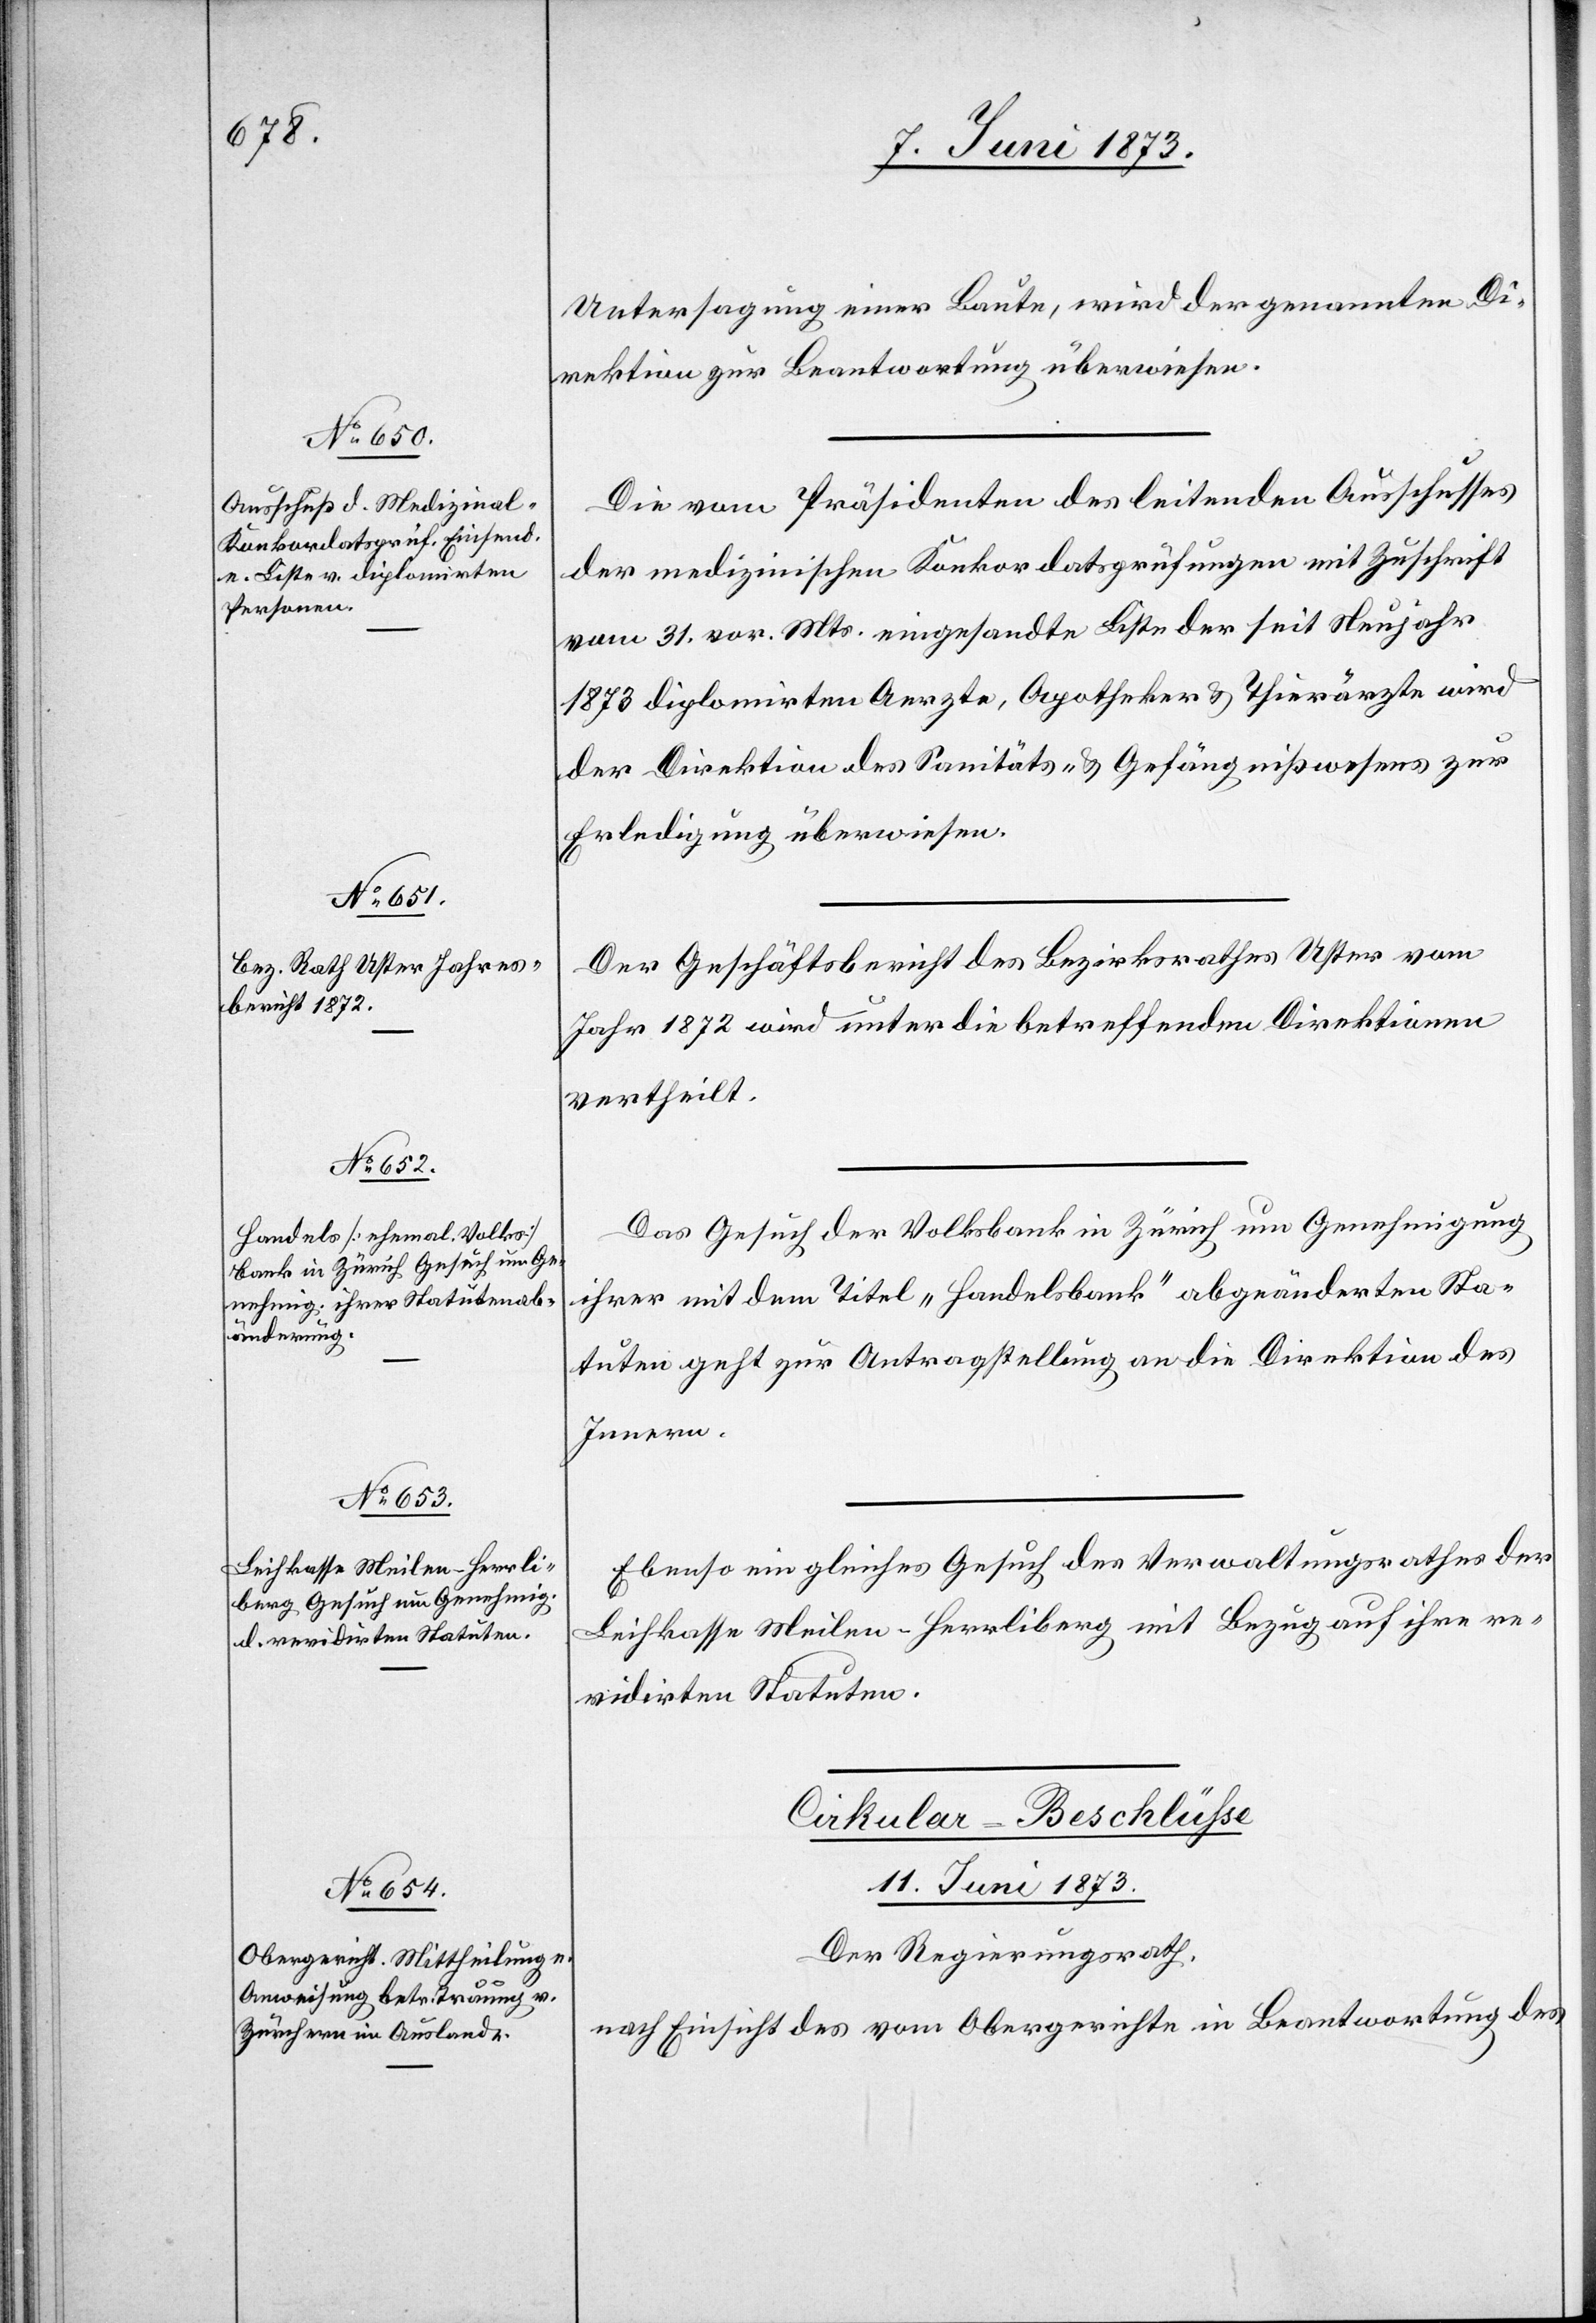
Untersagung einer Baute, wird der genannten Di¬
rektion zur Beantwortung überwiesen.
Die vom Präsidenten des leitenden Ausschusses
der medizinischen Konkordatsprüfungen mit Zuschrift
vom 31. vor. Mts. eingesandte Liste der seit Neujahr
1873 diplomirten Aerzte, Apotheker & Thierärzte wird
der Direktion des Sanitäts- & Gefängnißwesens zur
Erledigung überwiesen.
Der Geschäftsbericht des Bezirksrathes Uster vom
Jahr 1872 wird unter die betreffenden Direktionen
vertheilt.
Das Gesuch der Volksbank in Zürich um Genehmigung
ihrer mit dem Titel „Handelsbank“ abgeänderten Sta¬
tuten geht zur Antragstellung an die Direktion des
Innern.
Ebenso ein gleiches Gesuch des Verwaltungsrathes der
Leihkasse Meilen-Herrliberg mit Bezug auf ihre re¬
vidirten Statuten.
Cirkular-Beschlüsse
11. Juni 1873.
Der Regierungsrath,
nach Einsicht des vom Obergerichte in Beantwortung des